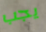
يجب